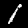
Label: 1